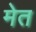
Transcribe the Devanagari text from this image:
मेत